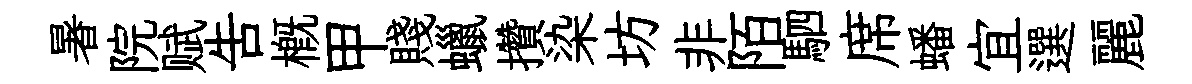
暑院赋告槪甲賤蠟攢染坊非陌駟席蟠宜選麗